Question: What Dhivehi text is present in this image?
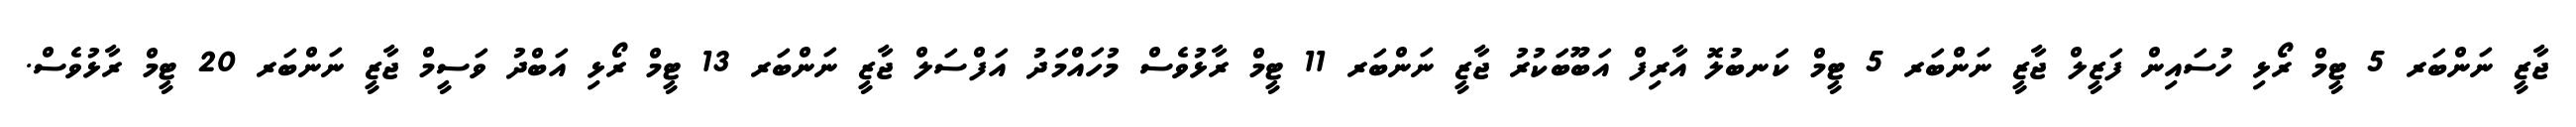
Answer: ޖާޒީ ނަންބަރ 5 ޓީމް ރޯޅި ހުސައިން ފަޒީލް ޖާޒީ ނަންބަރ 5 ޓީމް ކަނބުލޮ އާރިފް އަބޫބަކުރު ޖާޒީ ނަންބަރ 11 ޓީމް ރާޅުވެސް މުހައްމަދު އަފްސަލް ޖާޒީ ނަންބަރ 13 ޓީމް ރޯޅި އަބްދު ވަސީމް ޖާޒީ ނަންބަރ 20 ޓީމް ރާޅުވެސް.